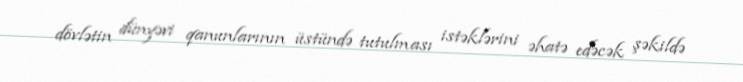
dövlətin dünyəvi qanunlarının üstündə tutulması istəklərini əhatə edəcək şəkildə